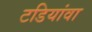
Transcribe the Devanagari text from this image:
टडियांवा